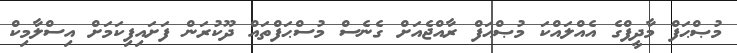
މުޞްޙަފް މާދީފްގެ އެއްލައްކަ މުޞްޙަފް ރާއްޖެއަށް ގެނެސް މުސްޙަފްތައް ދޫކުރަން ފަށައިފިކަމަށް އިސްލާމިކް